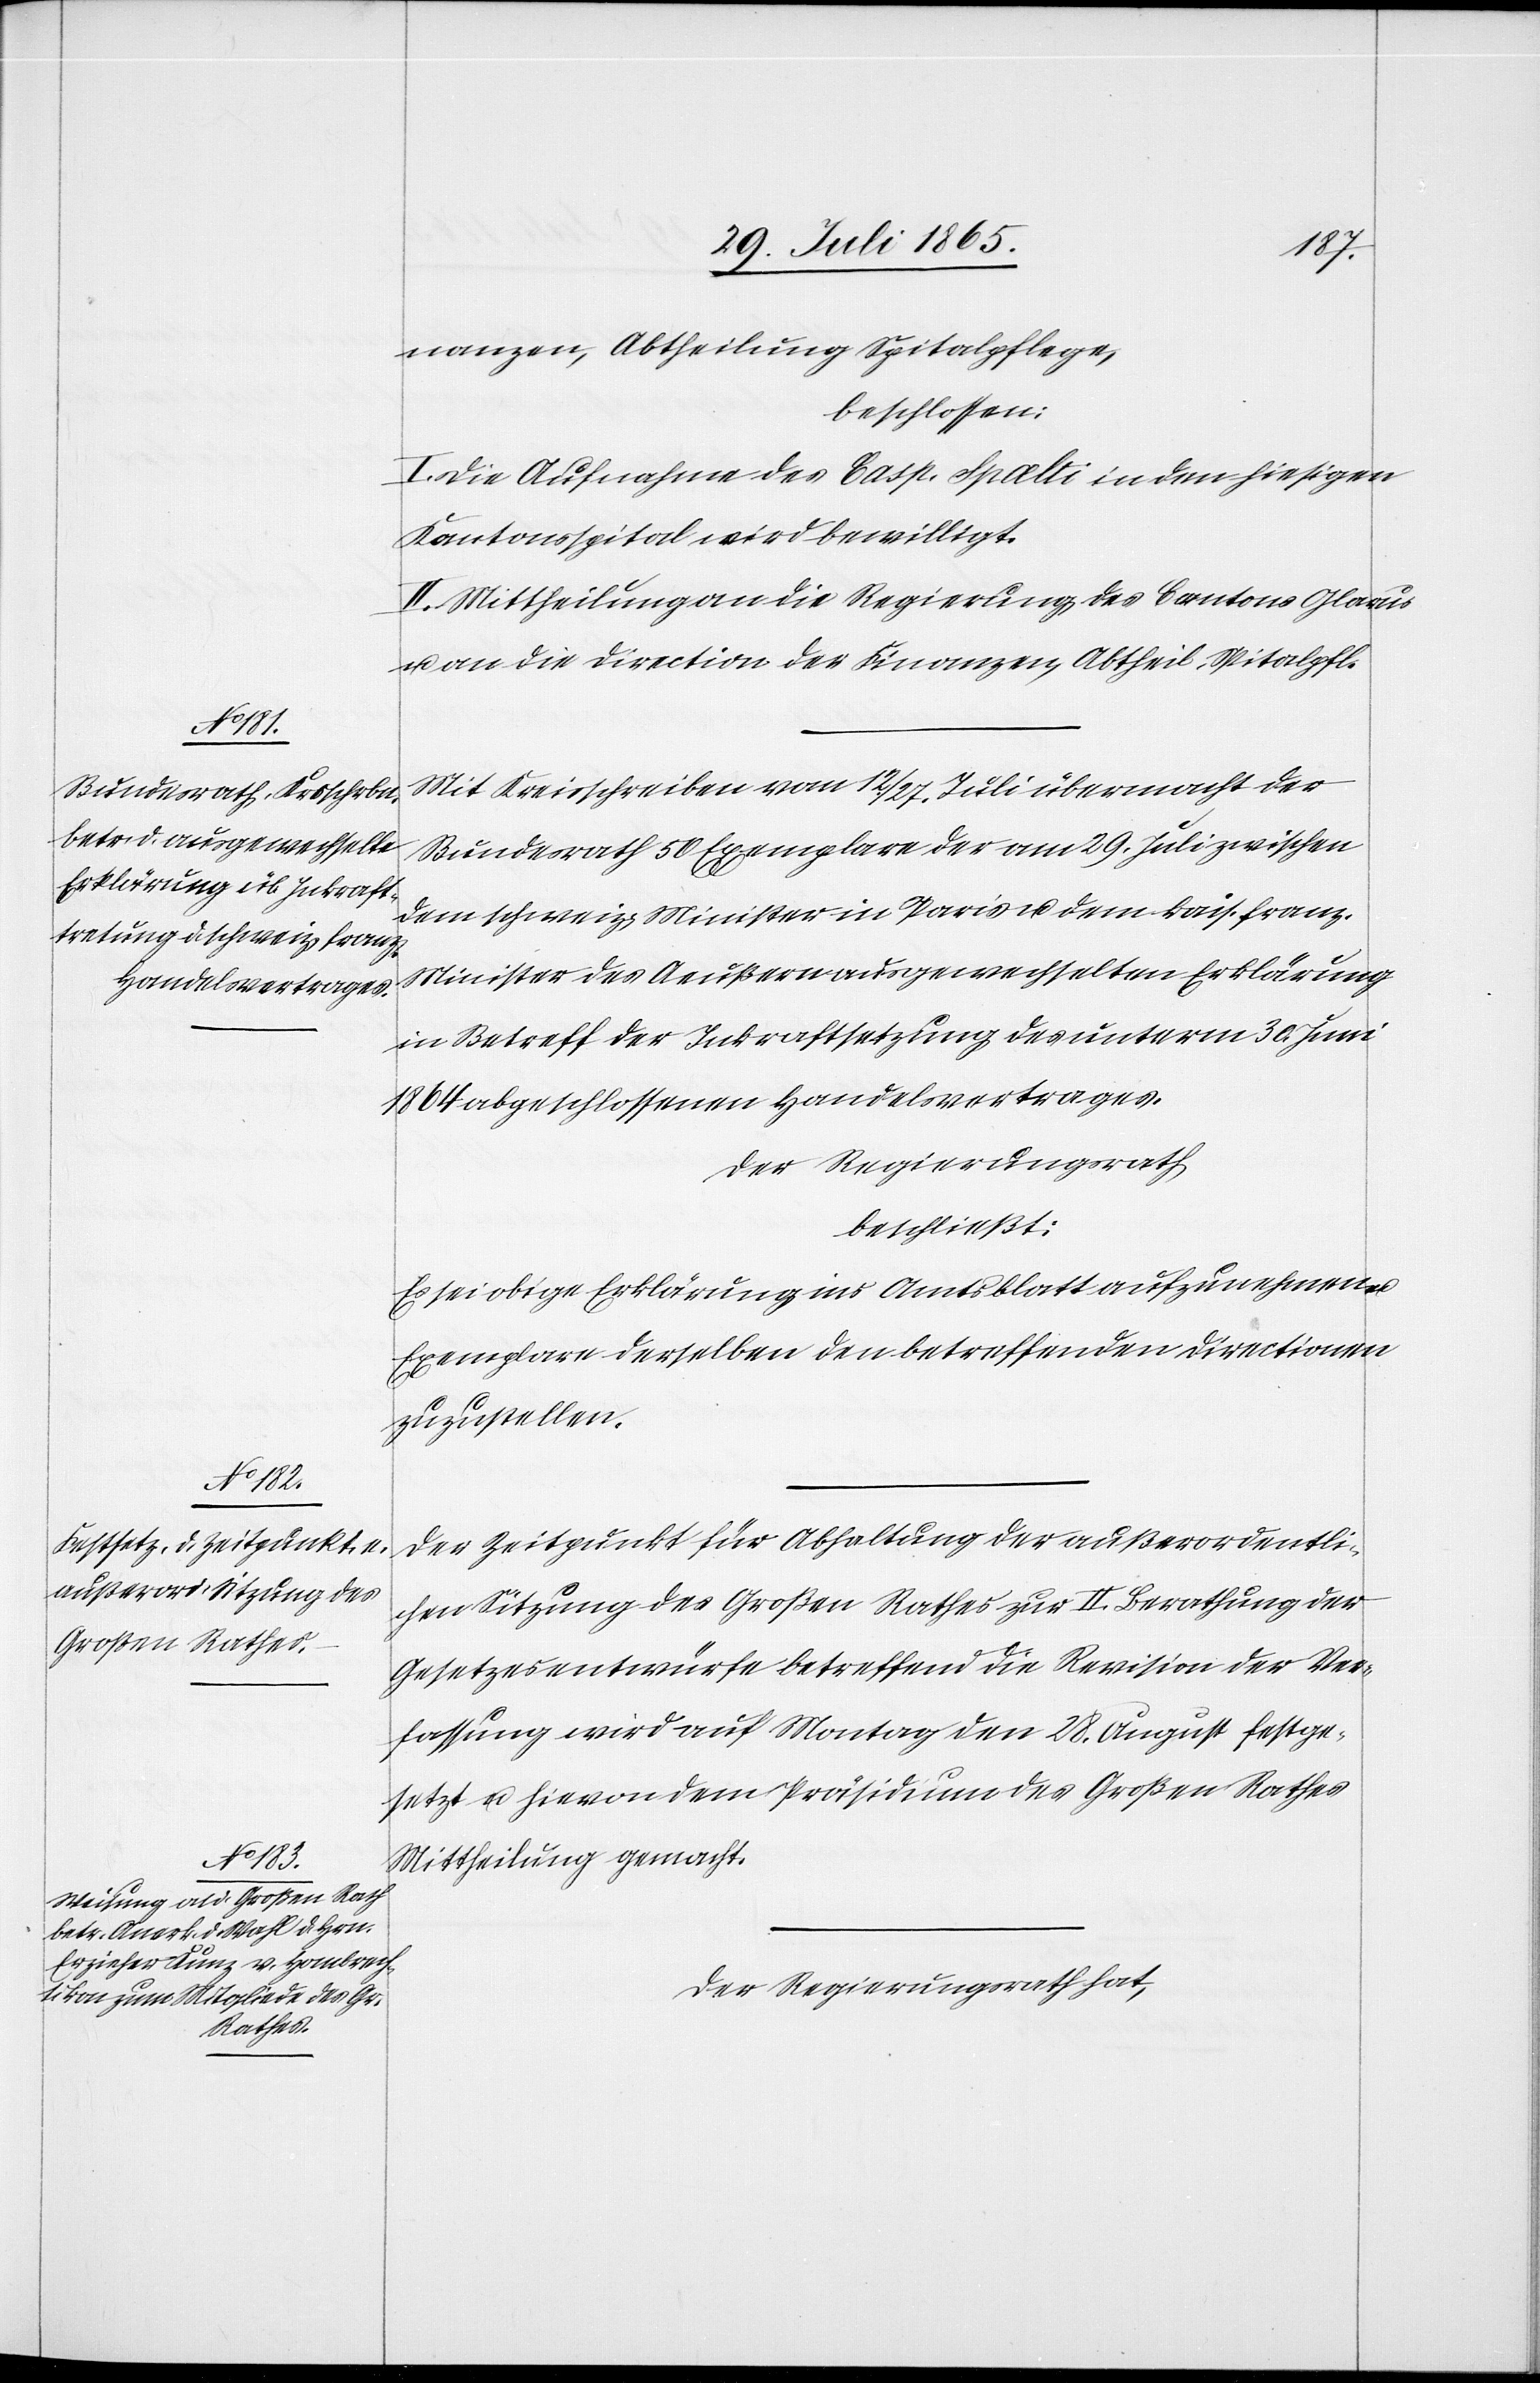
nanzen, Abtheilung Spitalpflege,
beschlossen:
I. Die Aufnahme des Casp. Spælti in den hiesigen
Kantonsspital wird bewilligt.
II. Mittheilung an die Regierung des Cantons Glarus
u. an die Direction der Finanzen, Abtheil. Spitalpfl.
Mit Kreisschreiben vom 12/27. Juli übermacht der
Bundesrath 50 Exemplare der am 29. Juli zwischen
dem schweiz. Minister in Paris u. dem kais. franz.
Minister des Aeußern ausgewechselten Erklärung
in Betreff der Inkrafttretung des unterm 30. Juni
abgeschlossenen Handelsvertrages.
Der Regierungsrath
beschließt:
Es sei obige Erklärung ins Amtsblatt aufzunehmen u.
Exemplare derselben den betreffenden Directionen
zuzustellen.
Der Zeitpunkt für Abhaltung der außerordentli¬
chen Sitzung des Großen Rathes zur II. Berathung der
Gesetzesentwürfe betreffend die Revision der Ver¬
fassung wird auf Montag den 28. August festge¬
setzt u. hievon dem Präsidium des Großen Rathes
Mittheilung gemacht.
Der Regierungsrath hat,